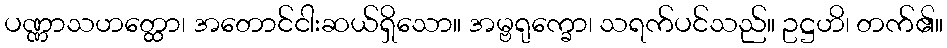
ပဏ္ဏာသဟတ္ထော၊ အတောင်ငါးဆယ်ရှိသော။ အမ္ဗရုက္ခော၊ သရက်ပင်သည်။ ဥဋ္ဌဟိ၊ တက်၏။